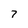
Character: 7